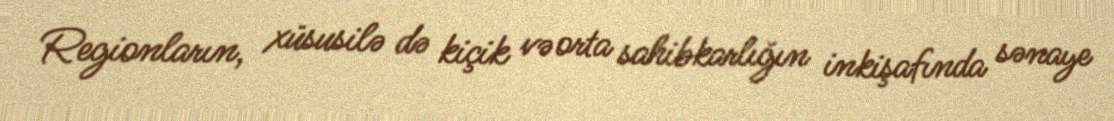
Regionların, xüsusilə də kiçik və orta sahibkarlığın inkişafında sənaye